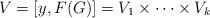
LaTeX: \begin{align*}V = [y, F(G)] = V_1 \times \cdots \times V_k\end{align*}